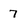
Character: 7